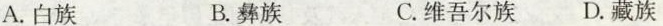
A.白族 B.彝族 C.维吾尔族 D.藏族